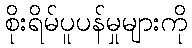
စိုးရိမ်ပူပန်မှုများကို